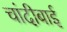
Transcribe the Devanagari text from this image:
चांदीबाई